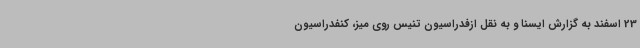
23 اسفند به گزارش ایسنا و به نقل ازفدراسیون تنیس روی میز، کنفدراسیون